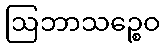
ဩဘာသဉ္စေဝ